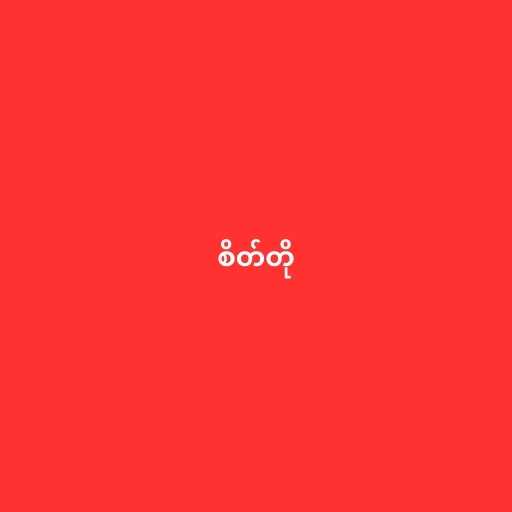
စိတ်တို